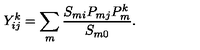
Y _ { i j } ^ { k } = \sum _ { m } \frac { S _ { m i } P _ { m j } P _ { m } ^ { k } } { S _ { m 0 } } .